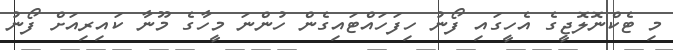
މި ޓެކްނޮލޮޖީގެ އެހީގައި ފޯނު ހިފަހައްޓައިގެން ހުންނަ މީހާގެ މޫނާ ކައިރިއަށް ފޯނު